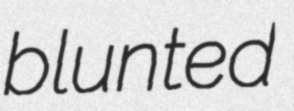
blunted